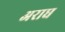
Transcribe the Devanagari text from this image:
अराध